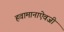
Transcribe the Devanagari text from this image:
हवामानाऐवजी